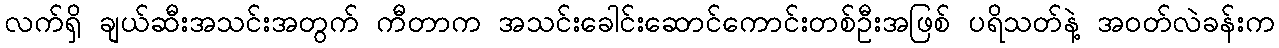
လက်ရှိ ချယ်ဆီးအသင်းအတွက် ကီတာက အသင်းခေါင်းဆောင်ကောင်းတစ်ဦးအဖြစ် ပရိသတ်နဲ့ အဝတ်လဲခန်းက